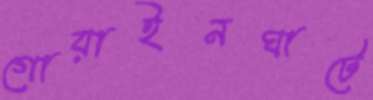
গোয়াইনঘাটে